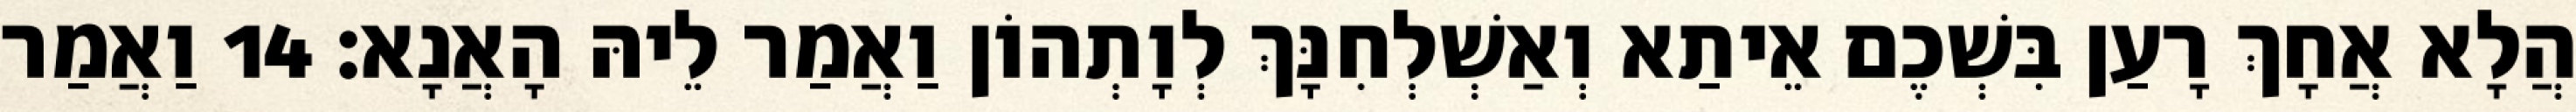
הֲלָא אֲחָךְ רָעַן בִּשְׁכֶם אֵיתַא וְאַשְׁלְחִנָּךְ לְוָתְהוֹן וַאֲמַר לֵיהּ הָאֲנָא׃ 14 וַאֲמַר